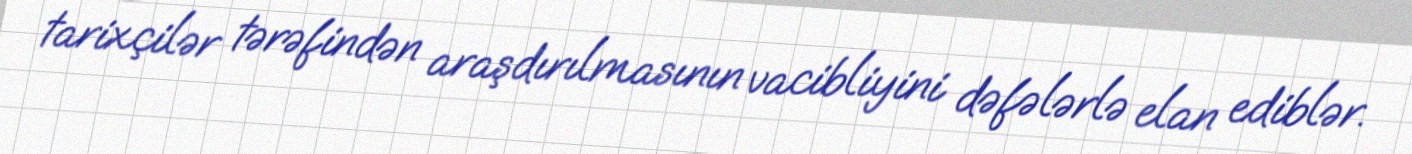
tarixçilər tərəfindən araşdırılmasının vacibliyini dəfələrlə elan ediblər.